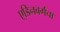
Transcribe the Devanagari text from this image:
ए्डिनबर्गचा